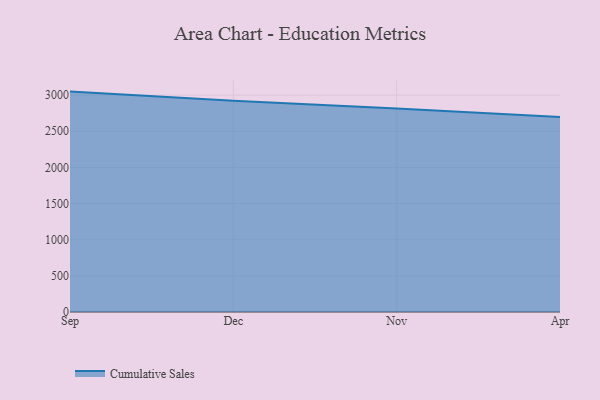
{"axis": {"x": "Month", "y": "Production Output"}, "legend": ["Cumulative Sales"], "data": [{"x": "Sep", "y": 3048.6, "type": "Cumulative Sales"}, {"x": "Dec", "y": 2920.4, "type": "Cumulative Sales"}, {"x": "Nov", "y": 2816.0, "type": "Cumulative Sales"}, {"x": "Apr", "y": 2697.2, "type": "Cumulative Sales"}]}